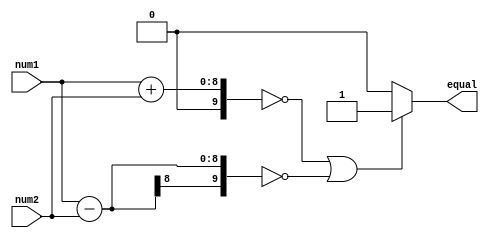
module arithmetic_comparator(input [7:0] num1, num2,
                                 output reg equal);

  // Internal signals for arithmetic calculations
  reg [9:0] sum;
  reg [9:0] diff;
  
  // Adder block to calculate sum
  always @*
    sum = num1 + num2;

  // Subtractor block to calculate difference
  always @*
    diff = num1 - num2;
  
  // Comparator logic to determine equality
  always @*
    begin
      if (sum == 10'b0 || diff == 10'b0)   // Check if sum or difference is zero
        equal = 1;
      else
        equal = 0;
    end
endmodule